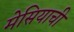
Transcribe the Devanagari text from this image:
मेसियाची